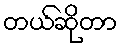
တယ်ဆိုတာ